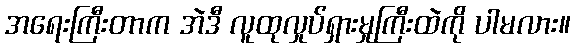
အရေးကြီးတာက အဲဒီ လူထုလှုပ်ရှားမှုကြီးထဲကို ပါမလား။